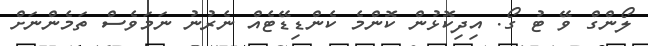
ލޯންގް ވޭ ޓު ގޯ. އިދިކޮޅުން ކޮންމެ ކެންޑިޑޭޓެއް ނެރުނު ނަމަވެސް ތަމެންނަށް